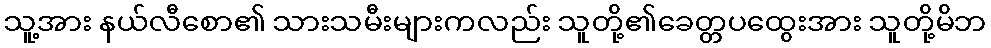
သူ့အား နယ်လီစော၏ သားသမီးများကလည်း သူတို့၏ခေတ္တပထွေးအား သူတို့မိဘ